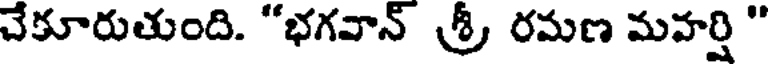
చేకూరుతుంది. "భగవాన్ శ్రీ రమణ మహర్షి "